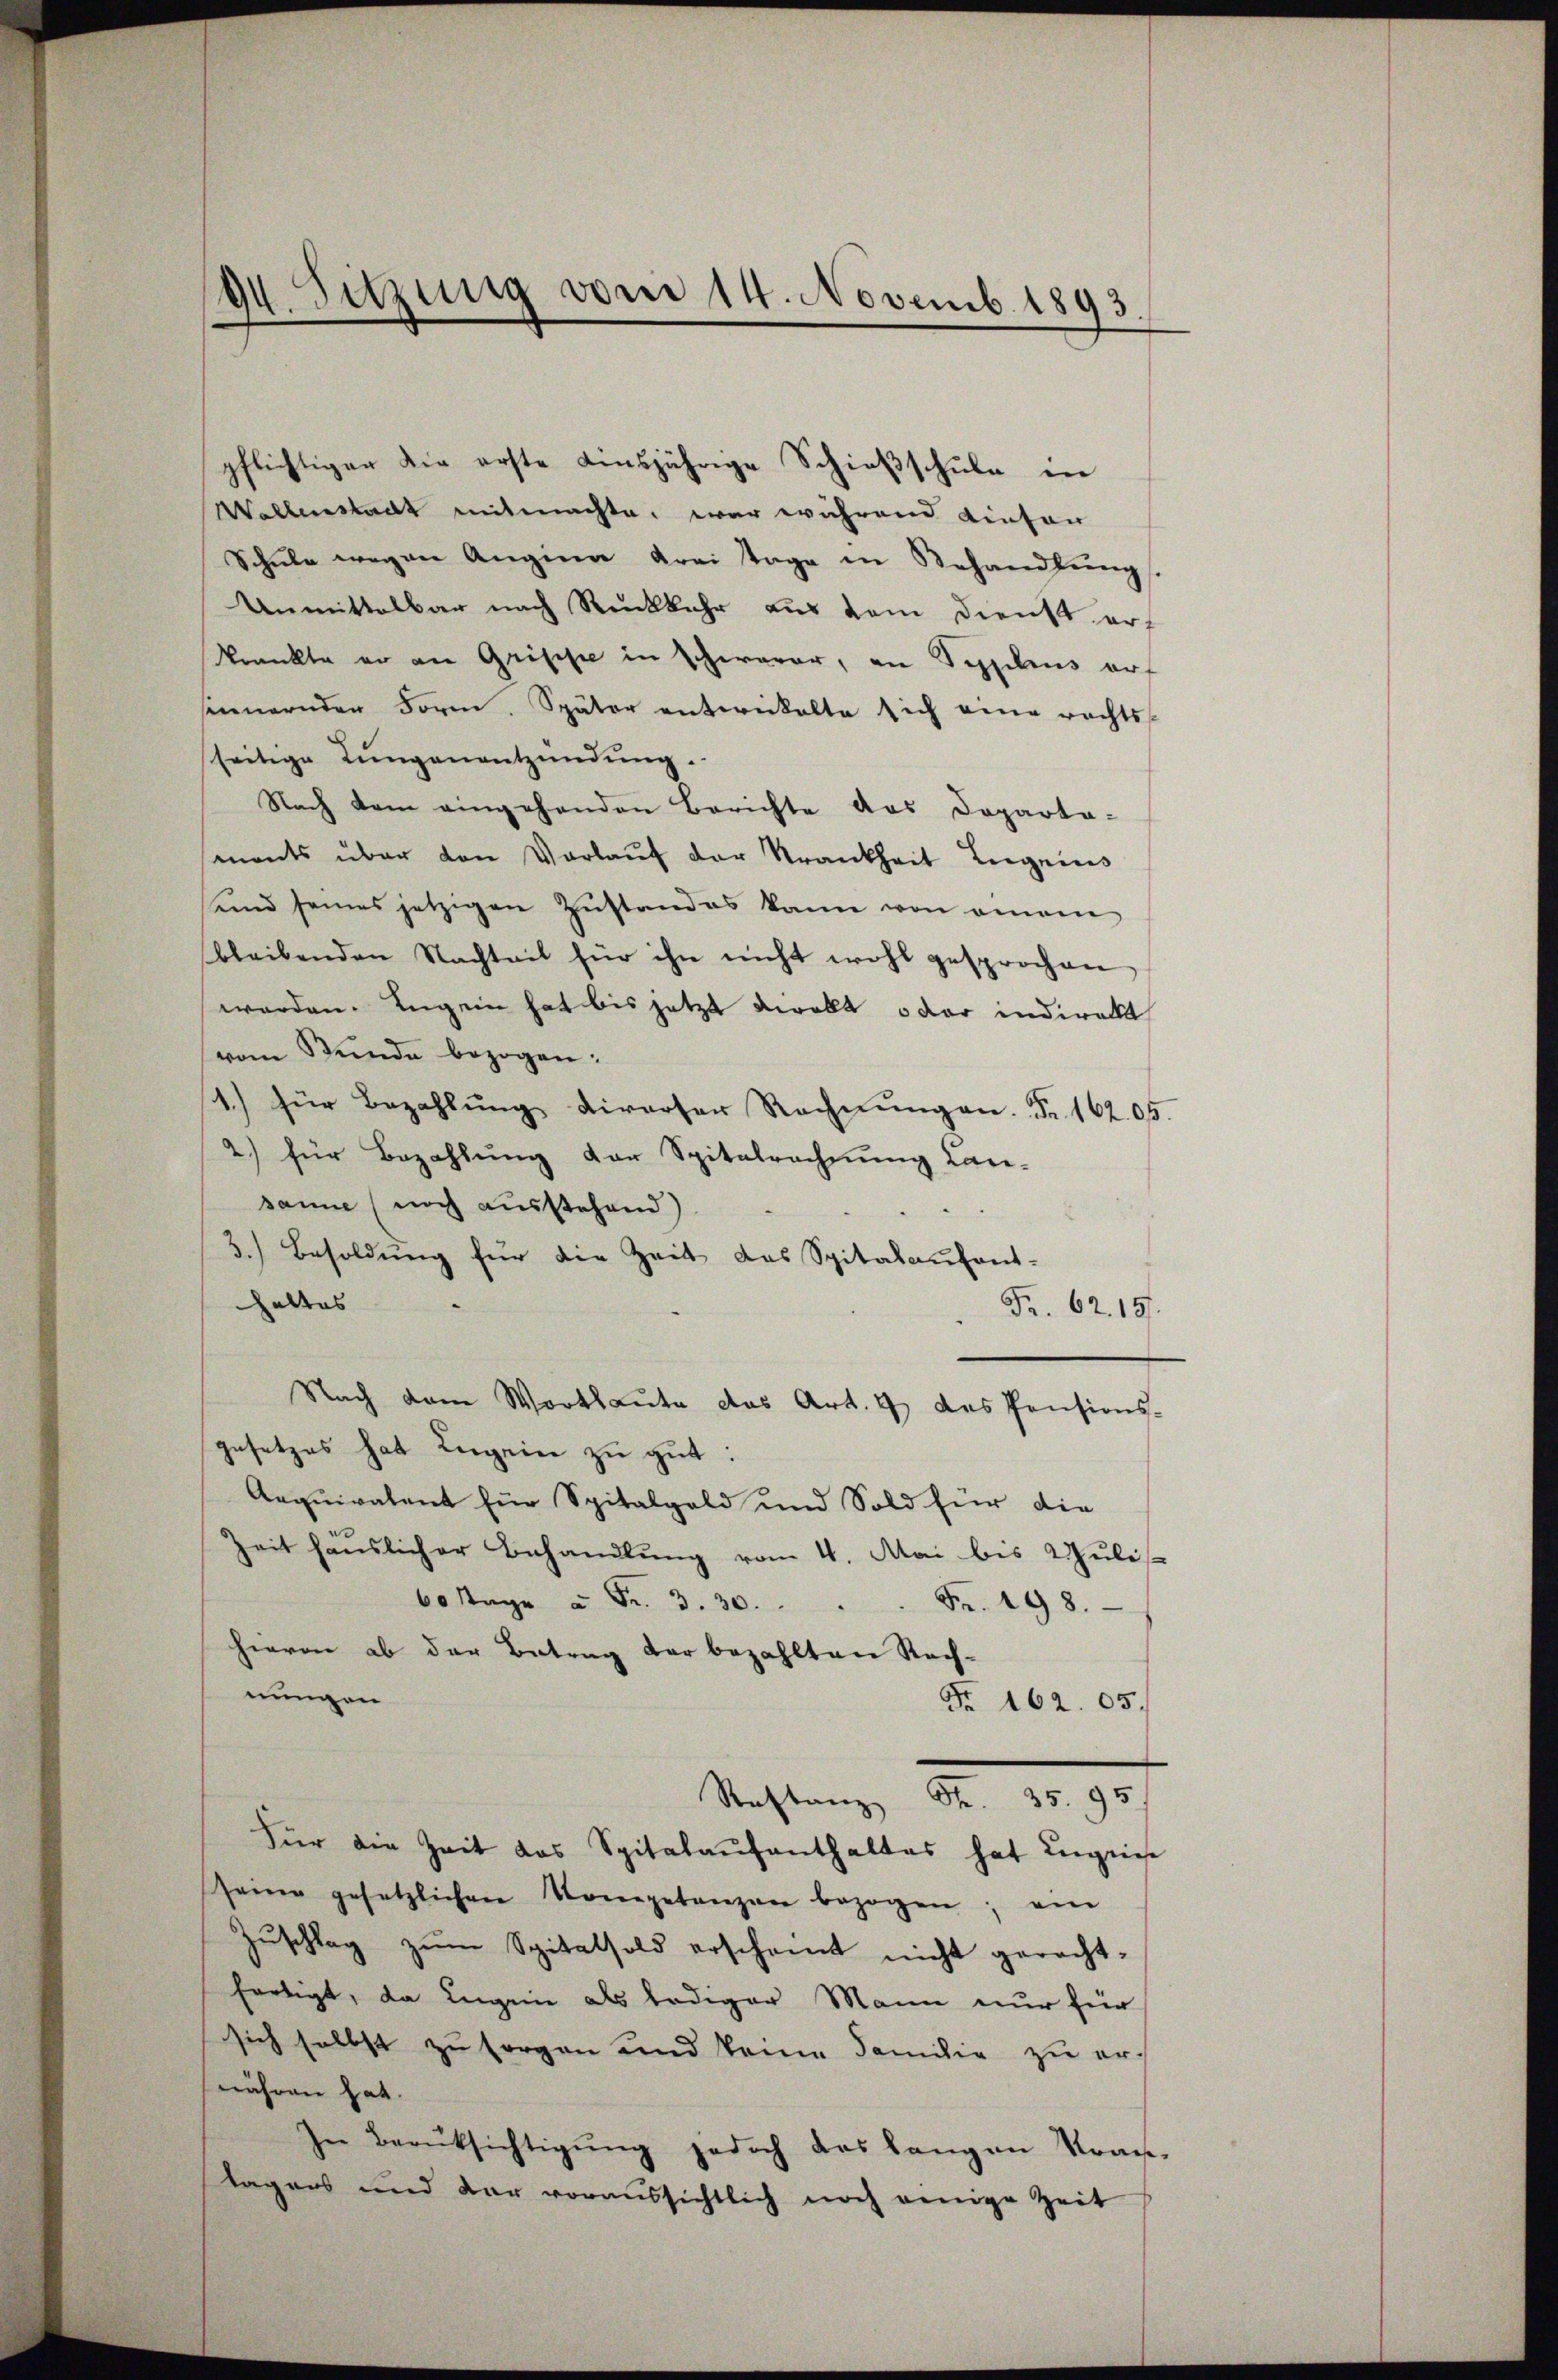
pflichtiger die erste einsjährige Schieβschŭle in
Wellenstadt mitmachte, war während einfan
Schŭle wegen Angina drei Tage in Behandlŭng.
Unmittelbar nach Rückkehr aus dem Dienst erf
Krankte er an Grippe in schwerer, an Teplius auf
sennernden Form. Später entwickelte sich eine rechts-
seitige Lungenentzündung.
Nach dem eingehenden Berichte das Departa-
mants über den Vorlauf der Krankheit Ingens
seid seines jetzigen Zustandes kann von einem
bleibenden Nachteil für ihn nicht wohl gesprochen
werden. Ingen hat bis jetzt direkt oder indirekt
vom Stunde bezogen:
1.) für Bezahlŭng diverser Rechnŭngen. Fr. 162. 05.
2.) für Bezahlung der Spitalrechnung Lan-
sanne (noch ausstehend)
3.) Besoldŭng für die Zeit das Spitalaufent-
haltes
Fr. 62. 15.
Nach dem Wortlaute das Art. 4 des Pensions-
gesetzes hat Lugein zu gut:
Aequivalent für Spitalgeld und Sold für die
Zeit hanslicher Behandlŭng vom 4. Mai bis Sŭlis
60 sage u Fr. 3. 30.               Fr. 198.
hievon ab der Betrag der bezahlten Rechnungen
Fr. 162. 65.
Rastanz St. 35. 95
Für die Zeit das Spitalaufenthaltes hat ingese
seine gesetzlichen Kompetenzen bezogen; ein
Zŭschlag zŭm Spitalsold erscheint nicht gerecht-
fertigt, da Eugen als lediger Mann nur für
sich selbst zu sorgen und keine Familie zu erwähren hat.
In Berüksichtigŭng jedoch das langen Kran-
lagens und dar voraussichtlich noch einige Zeit

94. Setzung vom 14. Novemb. 1893.